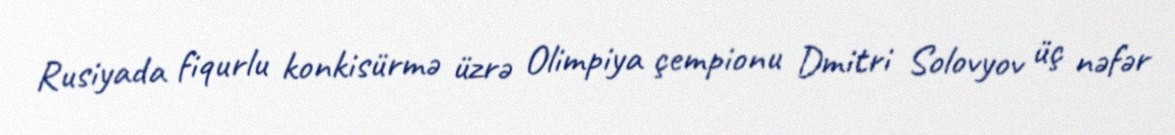
Rusiyada fiqurlu konkisürmə üzrə Olimpiya çempionu Dmitri Solovyov üç nəfər